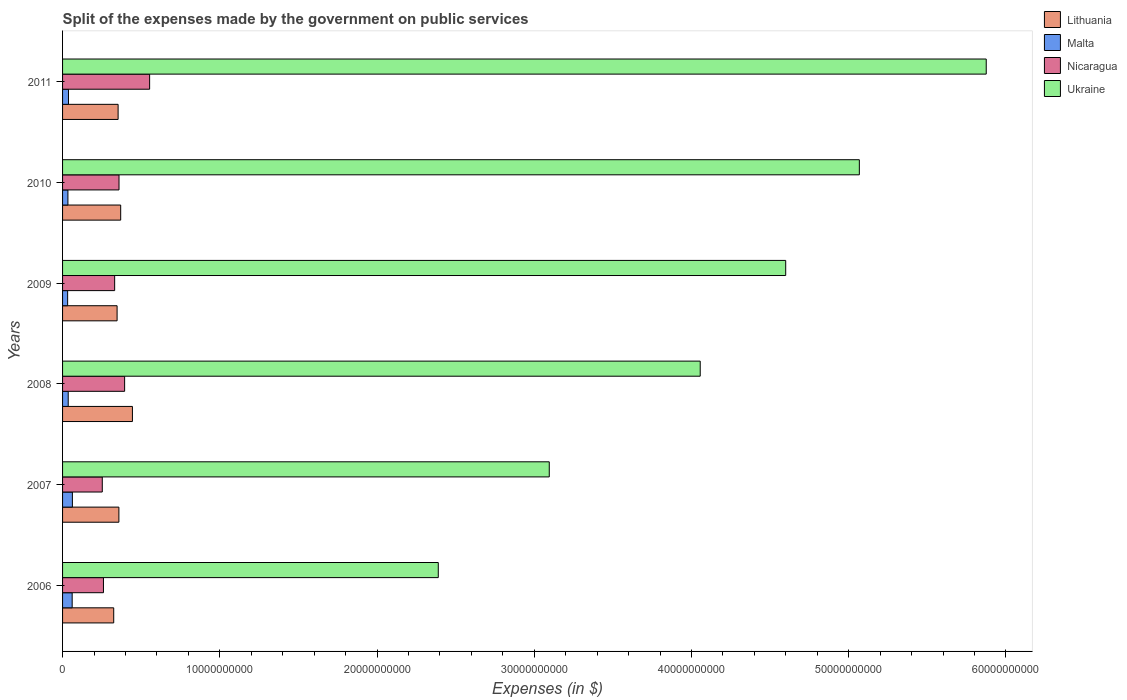
| Years | Lithuania | Malta | Nicaragua | Ukraine |
 | --- | --- | --- | --- | --- |
 | 2006 | 3.25e+09 | 6.11e+08 | 2.6e+09 | 2.39e+10 |
 | 2007 | 3.58e+09 | 6.25e+08 | 2.53e+09 | 3.1e+10 |
 | 2008 | 4.44e+09 | 3.59e+08 | 3.95e+09 | 4.06e+10 |
 | 2009 | 3.47e+09 | 3.22e+08 | 3.31e+09 | 4.6e+10 |
 | 2010 | 3.7e+09 | 3.41e+08 | 3.59e+09 | 5.07e+10 |
 | 2011 | 3.53e+09 | 3.76e+08 | 5.54e+09 | 5.87e+10 |